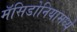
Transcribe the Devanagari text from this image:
मॅसिडोनियामध्ये